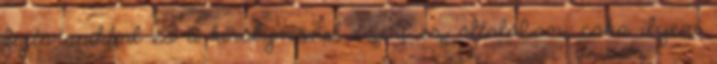
fajtársaikkal és a királynővel ezért ez általában, cska ilyen